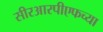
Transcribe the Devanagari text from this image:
सीरआरपीएफच्या